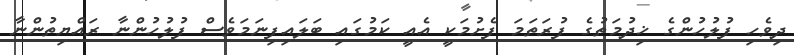
ދިވެހި ފުލުހުންގެ ޚިދުމަތުގެ ފުރަތަމަ ފެށުމަކީ އެއީ ކަމުގައި ބަލައިފިނަމަވެސް ފުލުހުންނާ ރައްޔިތުންނާ